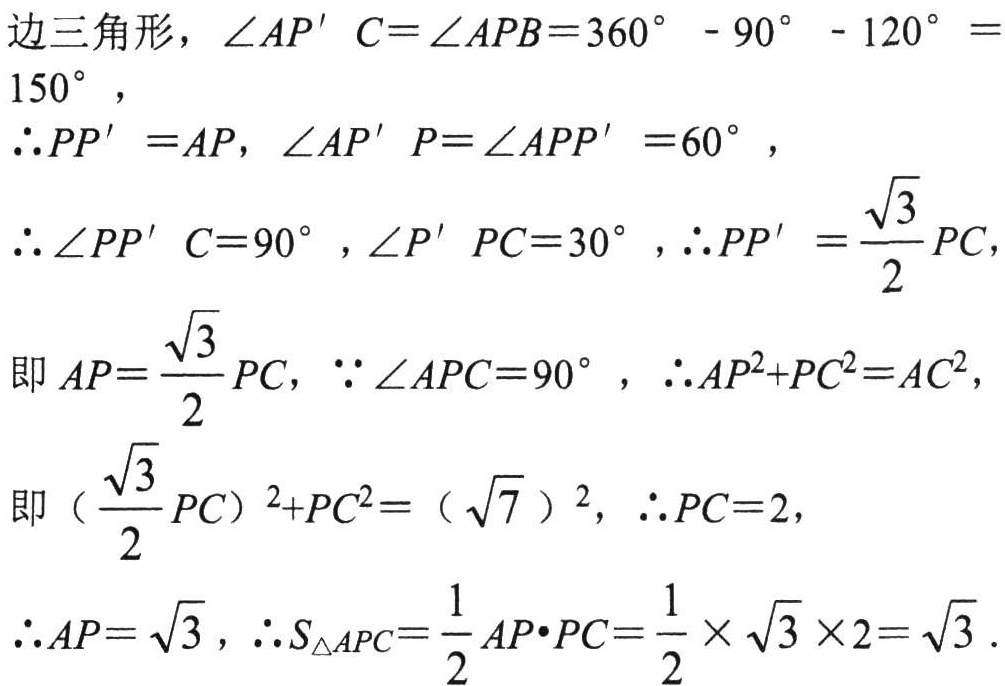
边三角形，\(\angle AP'C = \angle APB=360^{\circ}-90^{\circ}-120^{\circ}=150^{\circ}\)，

\(\therefore PP' = AP\)，\(\angle AP'P=\angle APP' = 60^{\circ}\)，

\(\therefore \angle PP'C = 90^{\circ}\)，\(\angle P'PC = 30^{\circ}\)，\(\therefore PP'=\frac{\sqrt{3}}{2}PC\)，

即\(AP = \frac{\sqrt{3}}{2}PC\)，\(\because \angle APC = 90^{\circ}\)，\(\therefore AP^{2}+PC^{2}=AC^{2}\)，

即\((\frac{\sqrt{3}}{2}PC)^{2}+PC^{2}=(\sqrt{7})^{2}\)，\(\therefore PC = 2\)，

\(\therefore AP=\sqrt{3}\)，\(\therefore S_{\triangle APC}=\frac{1}{2}AP\cdot PC=\frac{1}{2}\times\sqrt{3}\times 2=\sqrt{3}\)．